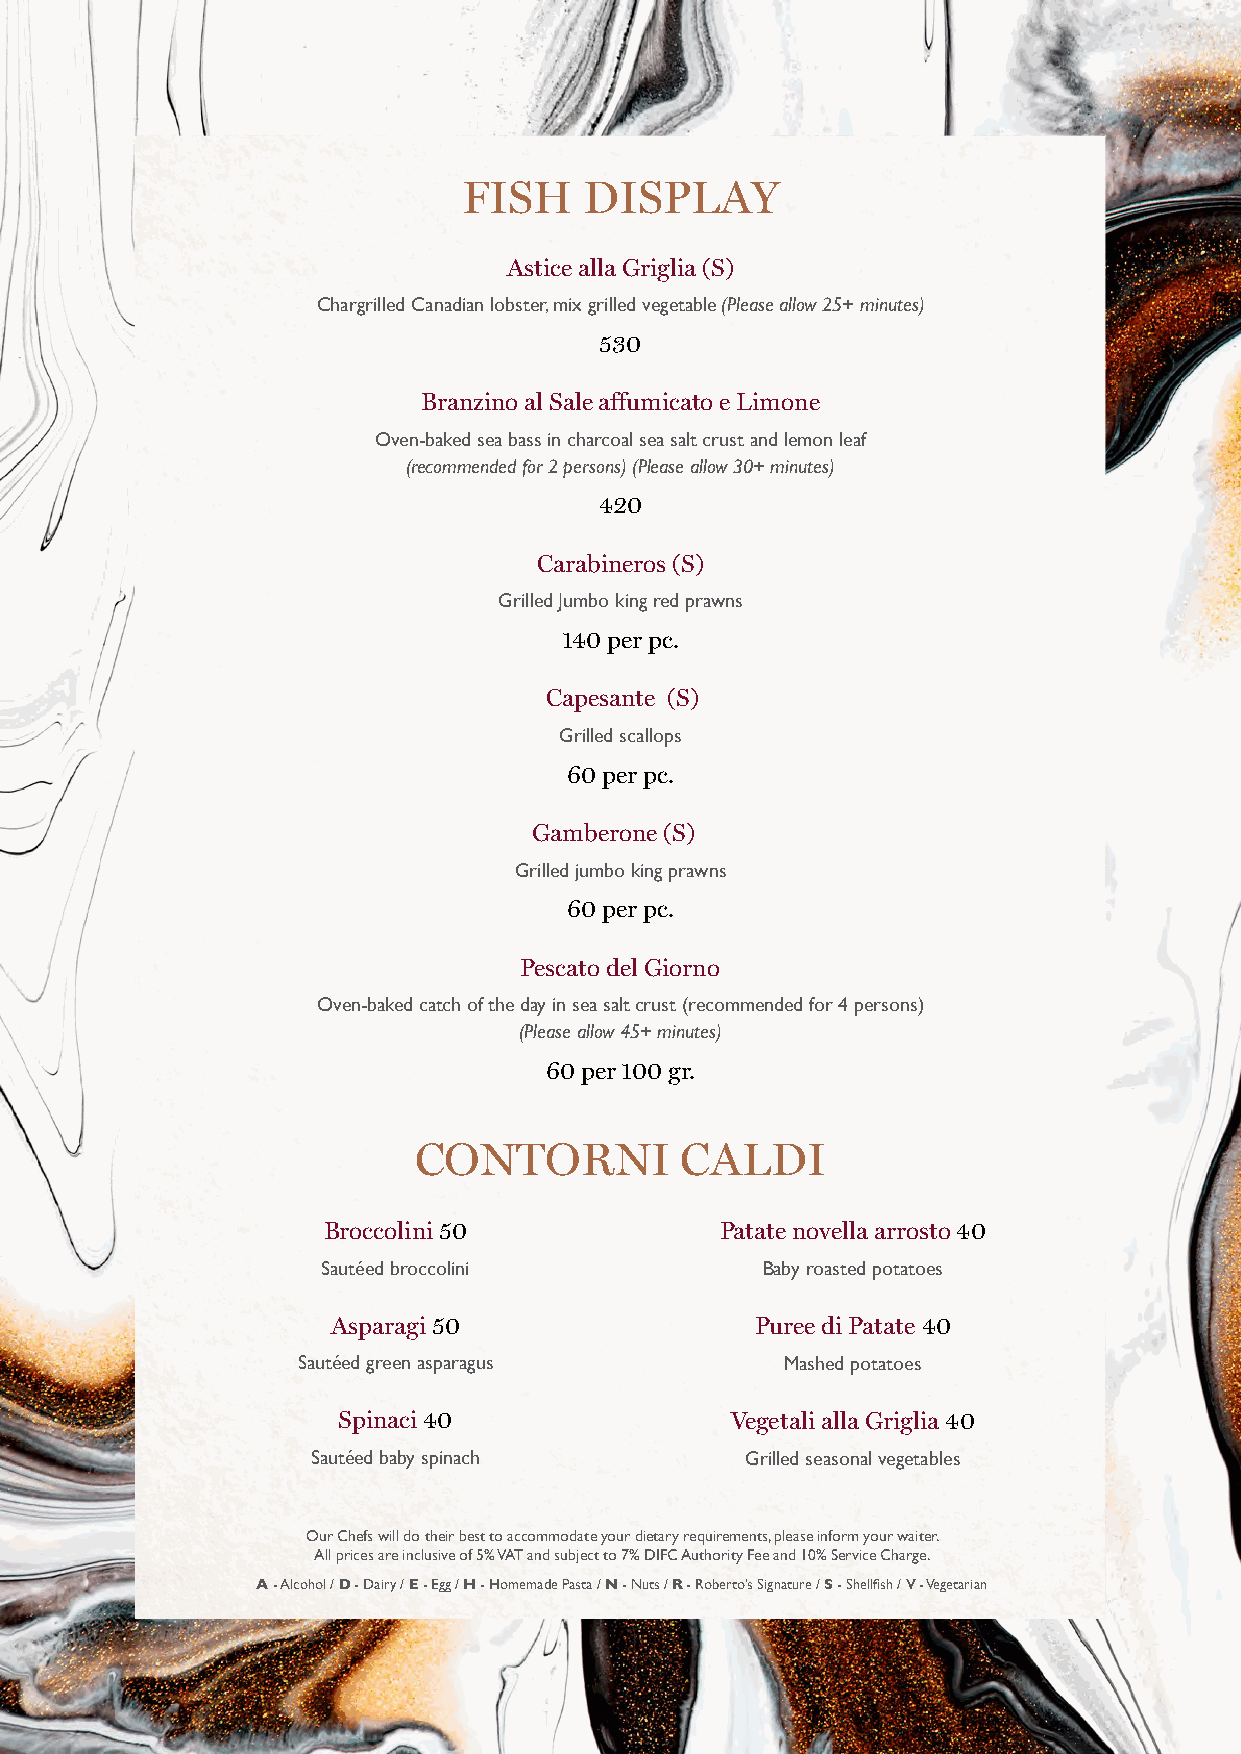
FISH    DISPLAY
 Astice alla Griglia (S)
 Chargrilled Canadian lobster, mix grilled vegetable (Please allow 25+ minutes)
 530
 Branzino al Sale affumicato e Limone
 Oven-baked sea bass in charcoal sea salt crust and lemon leaf
 (recommended for 2 persons) (Please allow 30+ minutes)
 420
 Carabineros (S)
 Grilled Jumbo king red prawns
 140 per pc.
 Capesante (S)
 Grilled scallops
 60 per pc.
 Gamberone (S)
 Grilled jumbo king prawns
 60 per pc.
 Pescato del Giorno
 Oven-baked catch of the day in sea salt crust (recommended for 4 persons)
 (Please allow 45+ minutes)
 60 per 100 gr.
 CONTORNI          CALDI
 Broccolini 50              Patate novella arrosto 40
 Sautéed broccolini           Baby roasted potatoes
 Asparagi 50                 Puree di Patate 40
 Sautéed green asparagus         Mashed potatoes
 Spinaci 40                Vegetali alla Griglia 40
 Sautéed baby spinach        Grilled seasonal vegetables
 Our Chefs will do their best to accommodate your dietary requirements, please inform your waiter.
 All prices are inclusive of 5% VAT and subject to 7% DIFC Authority Fee and 10% Service Charge.
 A - Alcohol / D - Dairy / E - Egg / H - Homemade Pasta / N - Nuts / R - Roberto’s Signature / S - Shellfish / V - Vegetarian